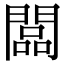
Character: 闆